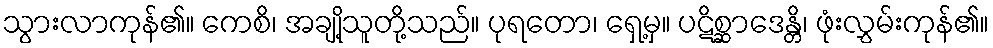
သွားလာကုန်၏။ ကေစိ၊ အချို့သူတို့သည်။ ပုရတော၊ ရှေ့မှ။ ပဋိစ္ဆာဒေန္တိ၊ ဖုံးလွှမ်းကုန်၏။